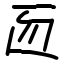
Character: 匢